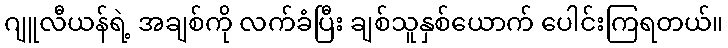
ဂျူလီယန်ရဲ့ အချစ်ကို လက်ခံပြီး ချစ်သူနှစ်ယောက် ပေါင်းကြရတယ်။